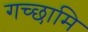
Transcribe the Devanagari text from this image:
गच्छामि